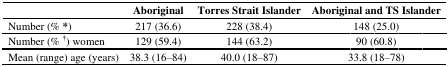
<table><thead><tr><td></td><td><b>Aboriginal</b></td><td><b>Torres Strait Islander </b></td><td><b>Aboriginal and TS Islander</b></td></tr></thead><tbody><tr><td>Number (% *) </td><td>217 (36.6)</td><td>228 (38.4)</td><td>148 (25.0)</td></tr><tr><td>Number (% <sup>†</sup>) women</td><td>129 (59.4)</td><td>144 (63.2)</td><td>90 (60.8)</td></tr><tr><td>Mean (range) age (years)</td><td>38.3 (16–84)</td><td>40.0 (18–87)</td><td>33.8 (18–78)</td></tr></tbody></table>